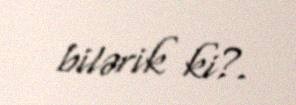
bilərik ki?.